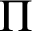
\Pi